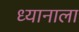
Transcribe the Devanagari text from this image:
ध्यानाला